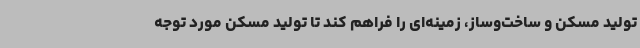
تولید مسکن و ساخت‌وساز، زمینه‌ای را فراهم کند تا تولید مسکن مورد توجه